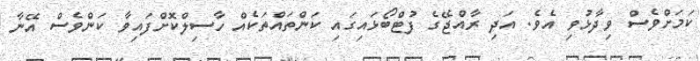
ކަަމަށްވެސް ވިދާޅުވި އެވެ. އަދި ރާއްޖޭގެ ފުޓްބޯޅައިގައި ކަންތައްތަކެއް ހާސިލްކޮށްފައިވާ ކަންވެސް އޭނާ